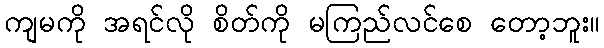
ကျမကို အရင်လို စိတ်ကို မကြည်လင်စေ တော့ဘူး။